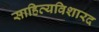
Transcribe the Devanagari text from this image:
साहित्यविशारद